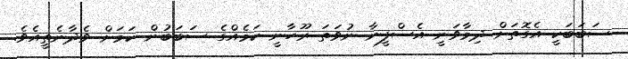
ސަބަބަކީ އެގޮތަށް ދިމާވަނީ އެސްފީނާ ނުވަތަ ރޫހާނީ ކަމެއްގެ ސަބަބުން ކަމަށް ވެދާނެތީއެވެ.